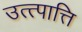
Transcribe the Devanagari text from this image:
उत्त्पात्ति